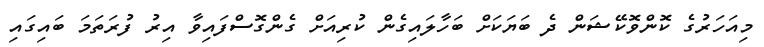
މިއަހަރުގެ ކޮންވޮކޭޝަން ދެ ބަޔަކަށް ބަހާލައިގެން ކުރިއަށް ގެންގޮސްފައިވާ އިރު ފުރަތަމަ ބައިގައި